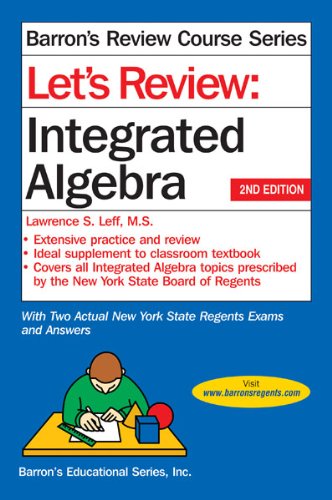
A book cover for Let's Review Integrated Algebra (Let's Review Series); Lawrence Leff M.S.; Test Preparation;